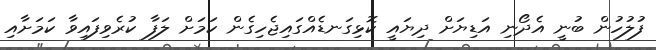
ފުލުހުން ބުނީ އެދޯނި އަޑިޔަށް ދިޔައީ ކޮޅިގަނޑެއްގައިޖެހިގެން ކަމަށް ލަފާ ކުރެވިފައިވާ ކަމަށާއި